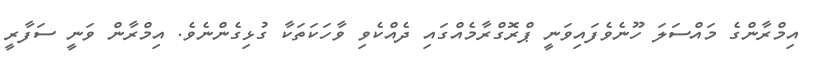
އިމްރާންގެ މައްސަލަ ހޫނެވެފައިވަނީ ޕްރޮގްރާމެއްގައި ދެއްކެވި ވާހަކަތަކާ ގުޅިގެންނެވެ. އިމްރާން ވަނީ ސަފާރީ